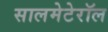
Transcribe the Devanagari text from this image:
सालमेटेरॉल